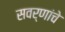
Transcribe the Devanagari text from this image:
सवर्णांचे